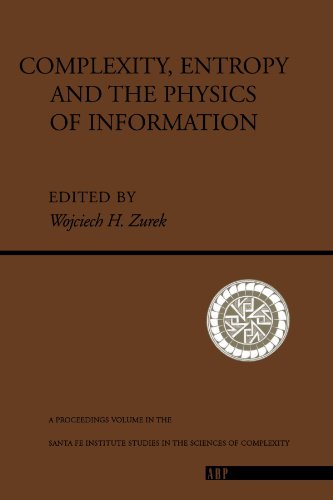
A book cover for Complexity, Entropy and the Physics of Information; Science & Math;